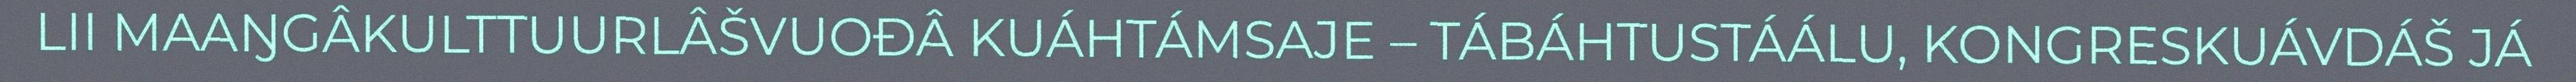
LII MAAŊGÂKULTTUURLÂŠVUOĐÂ KUÁHTÁMSAJE – TÁBÁHTUSTÁÁLU, KONGRESKUÁVDÁŠ JÁ